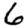
Digit: 6